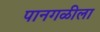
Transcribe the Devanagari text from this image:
पानगळीला